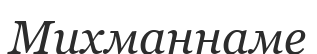
Михманнаме